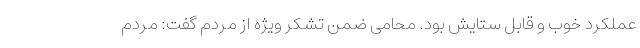
عملکرد خوب و قابل ستایش بود. محامی ضمن تشکر ویژه از مردم گفت: مردم